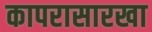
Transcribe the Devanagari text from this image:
कापरासारखा